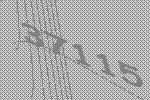
37115